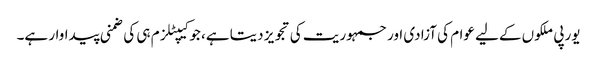
یورپی ملکوں کےلیے عوام کی آزادی اور جمہوریت کی تجویز دیتا ہے، جو کیپٹلزم ہی کی ضمنی پیداوار ہے۔